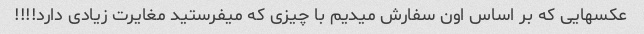
عکسهایی که بر اساس اون سفارش میدیم با چیزی که میفرستید مغایرت زیادی دارد!!!!